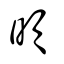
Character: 暊